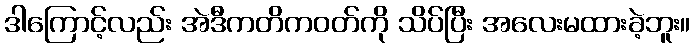
ဒါကြောင့်လည်း အဲဒီကတိကဝတ်ကို သိပ်ပြီး အလေးမထားခဲ့ဘူး။